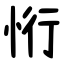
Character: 㤚